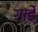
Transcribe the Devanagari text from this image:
गार्डे